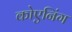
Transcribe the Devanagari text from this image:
कोएनिंग